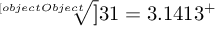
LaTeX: { \sqrt [ [object Object] ] { 3 1 } } = 3 . 1 4 1 3 ^ { + }